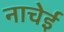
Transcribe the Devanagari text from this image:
नाचेई